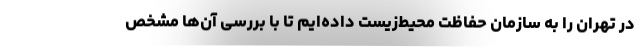
در تهران را به سازمان حفاظت محیط‌زیست داده‌ایم تا با بررسی آن‌ها مشخص